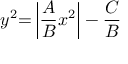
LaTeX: y ^ { 2 } { = } \left| { \frac { A } { B } } x ^ { 2 } \right| - { \frac { C } { B } }